65_HS1-834228961_62-HQ-83894_Section_5
Agency: FBI
Page 55
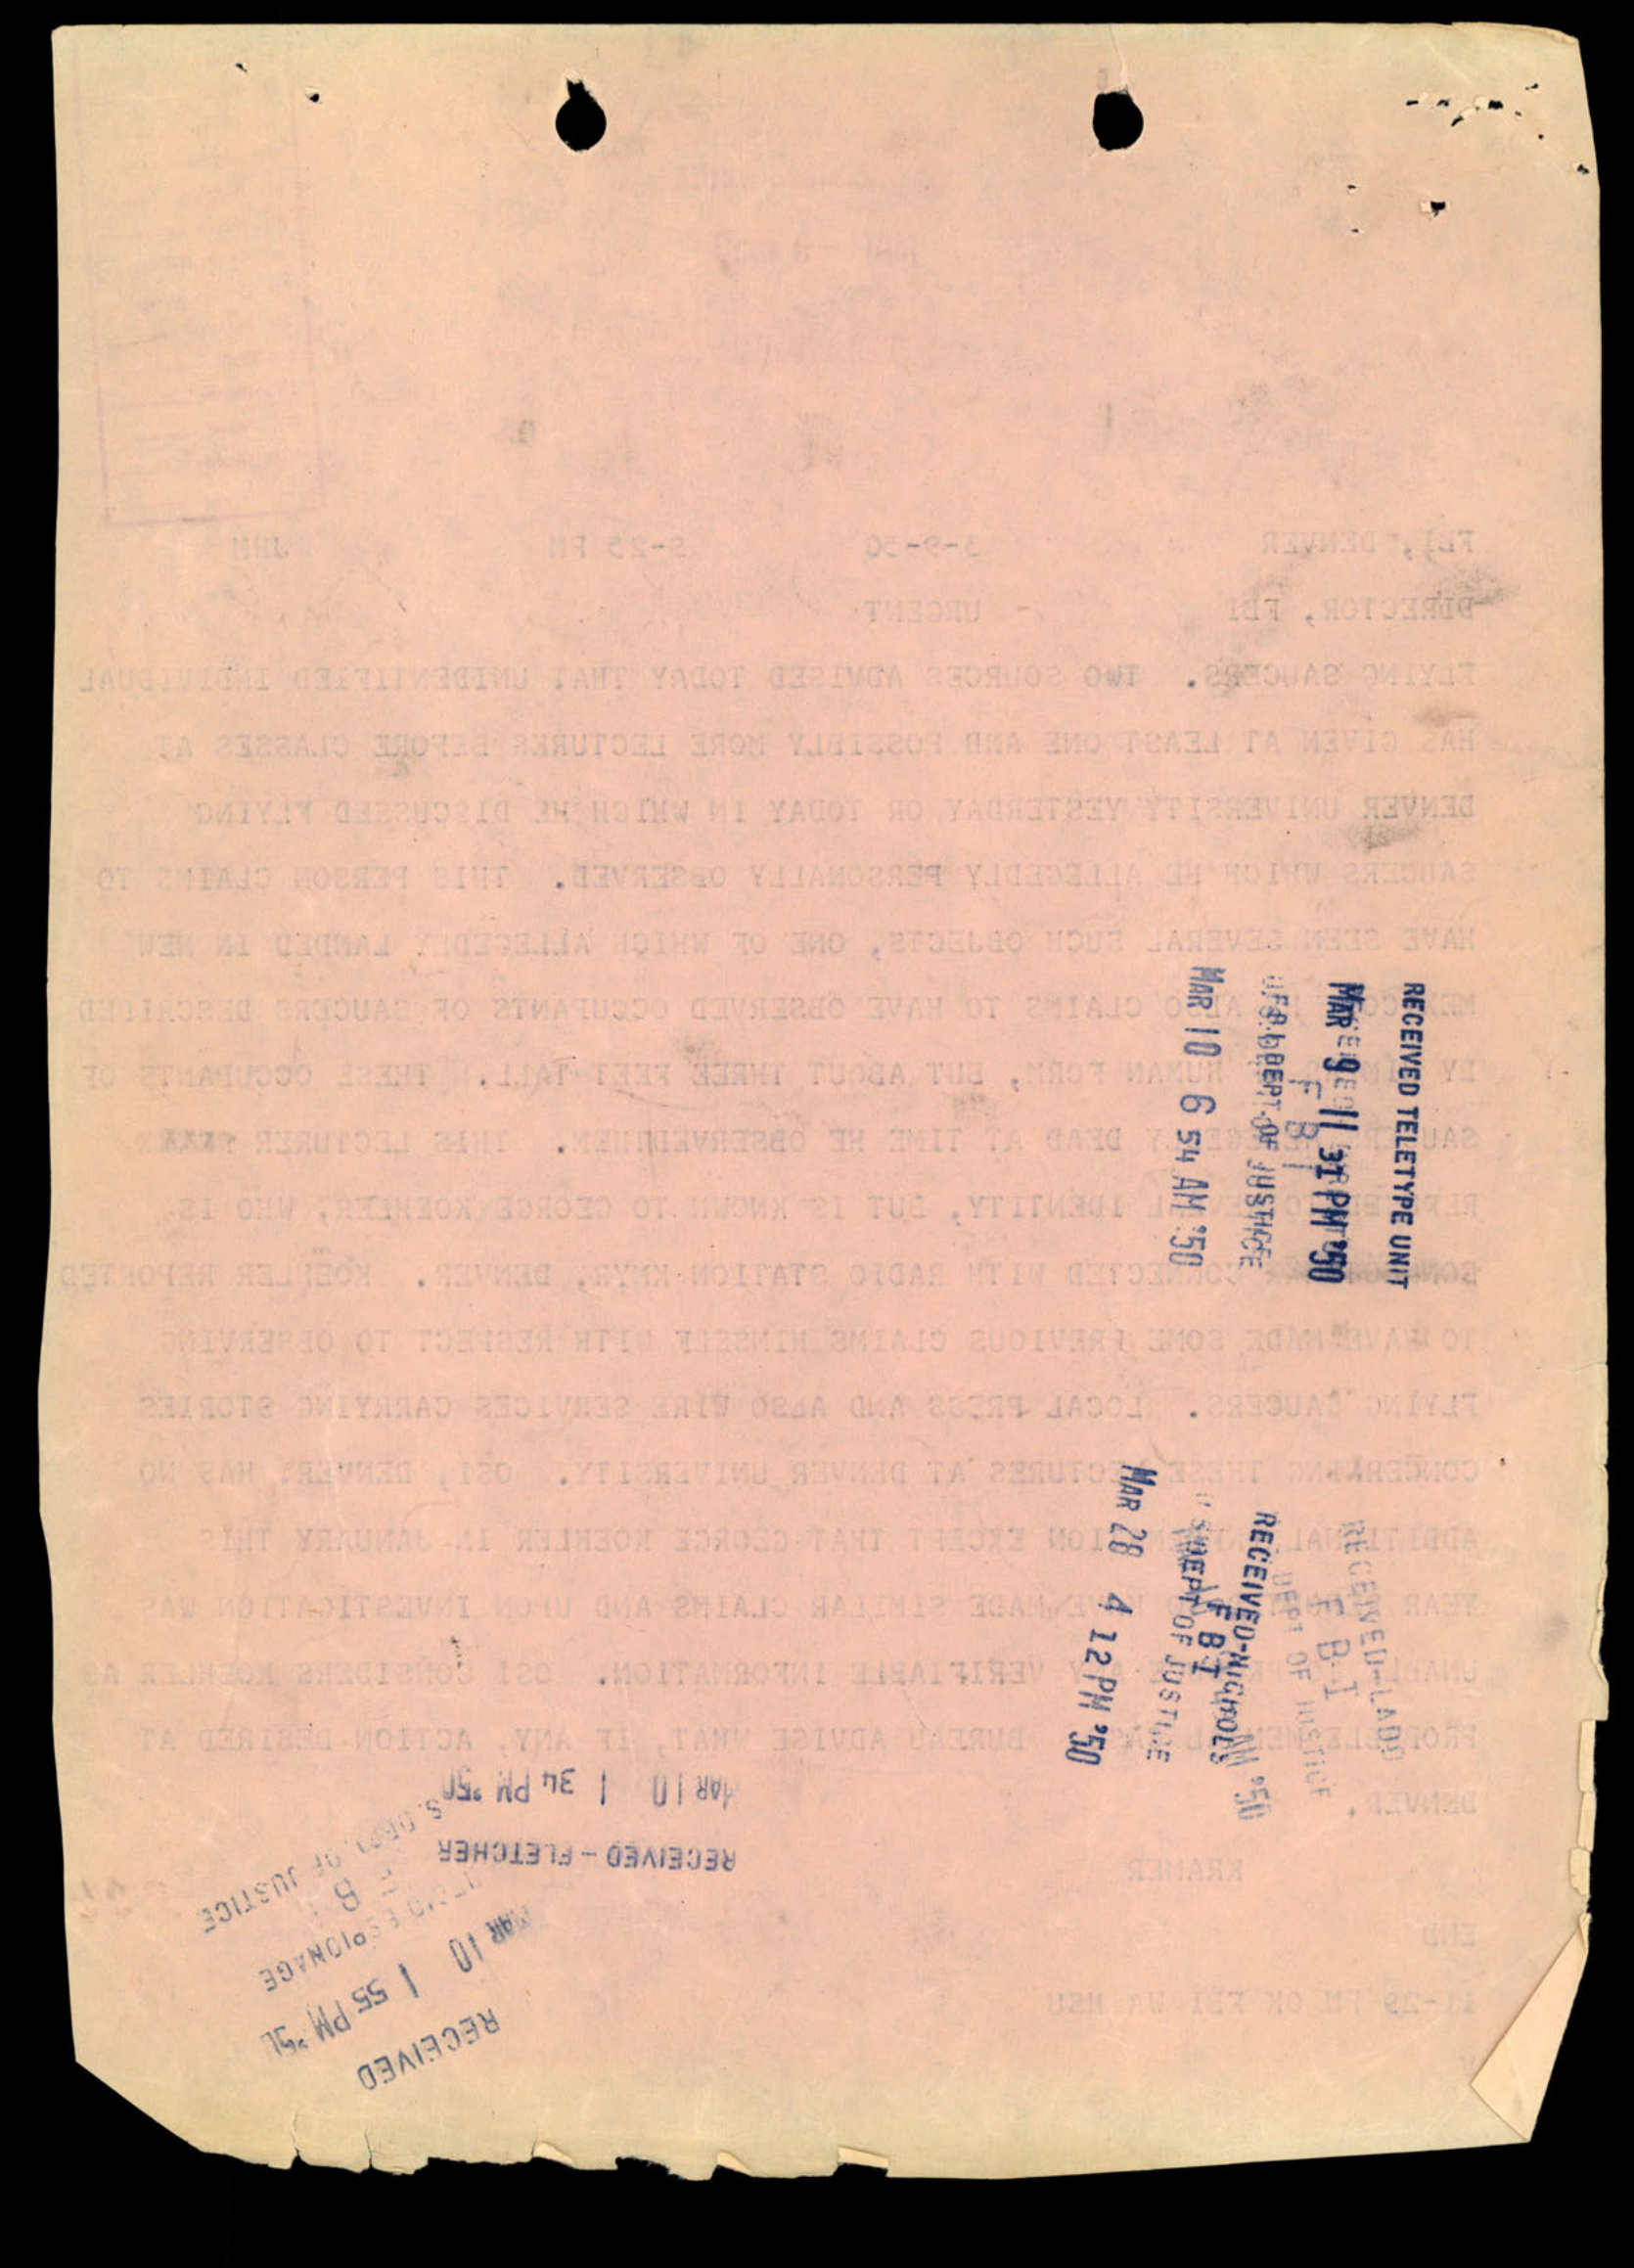